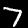
Digit: 7